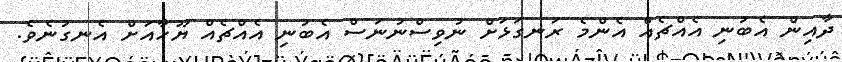
ދާއިން އެބުނި އެއްޗެއް އެންމެ ރަނގަޅަށް ނުވިސްނުނަސް އެބުނި އެއްޗެއް ޔޫހާއަށް އެނގުނެވެ.